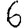
Digit: 6